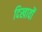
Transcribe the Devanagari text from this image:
दिखावों